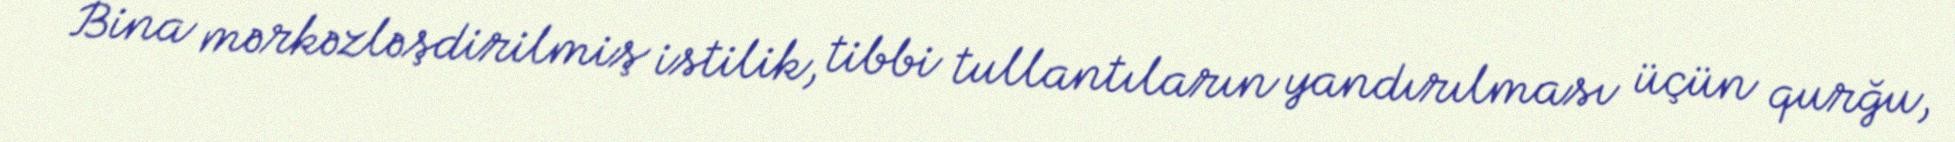
Bina mərkəzləşdirilmiş istilik, tibbi tullantıların yandırılması üçün qurğu,